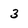
Character: 3